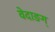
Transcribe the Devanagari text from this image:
वेदाङग्